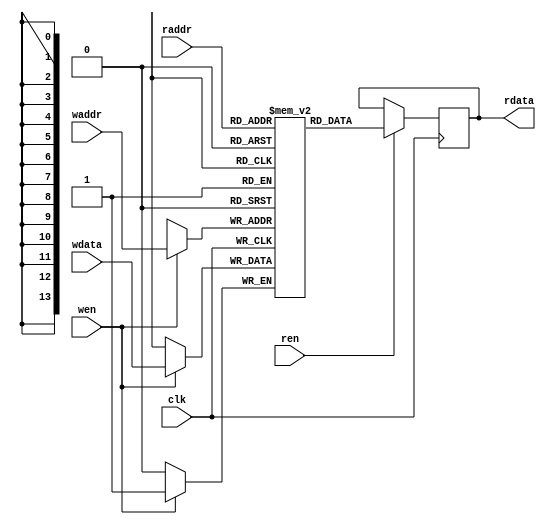

// 4 BRAMS
// sprite memory = 64 sprites @ 16x16 resolution @ 1bpp = 16384 bits or 2048 bytes
module sprite_memory (
    input clk, wen, ren,
    input [13:0] waddr, raddr,
    input wdata,
    output reg rdata
);
    reg [0:0] mem [0:16383];   // enough memory for 64 16x16 sprites @ 1bpp
    always @(posedge clk) begin
      if (ren)
        rdata <= mem[raddr];
      if (wen)
        mem[waddr] <= wdata;
    end
endmodule